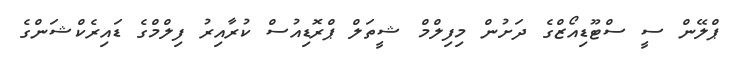
ޕްލޭން ސީ ސްޓޫޑިއޯޒްގެ ދަށުން މިފިލްމް ޝީތަލް ޕްރޮޑިއުސް ކުރާއިރު ފިލްމްގެ ޑައިރެކްޝަންގެ